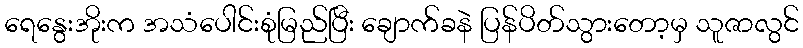
ရေနွေးအိုးက အသံပေါင်းစုံမြည်ပြီး ချောက်ခနဲ ပြန်ပိတ်သွားတော့မှ သူဇာလွင်